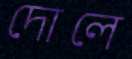
দোলে